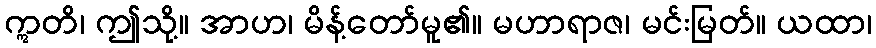
ဣတိ၊ ဤသို့။ အာဟ၊ မိန့်တော်မူ၏။ မဟာရာဇ၊ မင်းမြတ်။ ယထာ၊